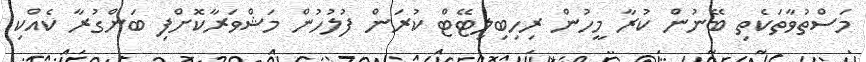
މަސްތުވާތަކެތި ބޭނުން ކުރާ މީހުން ރިހިބިލިޓޭޓް ކުރަން ފުލުހުން މަޝްވަރާކޮށްފި ބަންގުރާ ކެއްކި